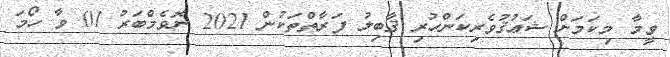
ވީމާ މިކަމަށް ޝަޢުޤުވެރިކަންހުރި ޤާބިލު ފަރާތްތަކުން 2021 ނޮވެމްބަރު 01 ވާ ހޯމަ